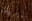
إيريك